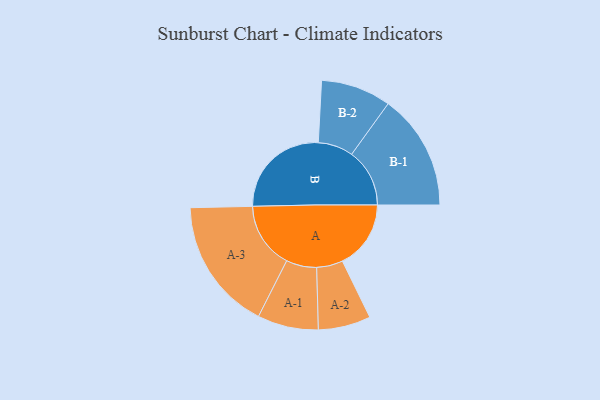
{"axis": {"x": "Segment", "y": "Value"}, "legend": ["", "A", "B"], "data": [{"x": "A", "y": 308, "type": ""}, {"x": "B", "y": 454, "type": ""}, {"x": "A-1", "y": 137, "type": "A"}, {"x": "A-2", "y": 118, "type": "A"}, {"x": "A-3", "y": 298, "type": "A"}, {"x": "B-1", "y": 261, "type": "B"}, {"x": "B-2", "y": 158, "type": "B"}]}